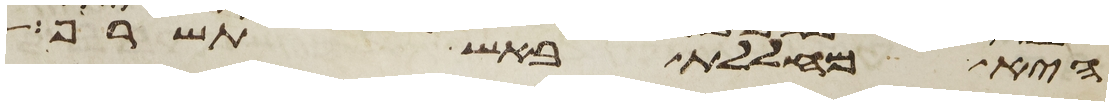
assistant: היא מחללת באש תשרף